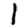
Digit: 1